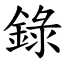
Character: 錄